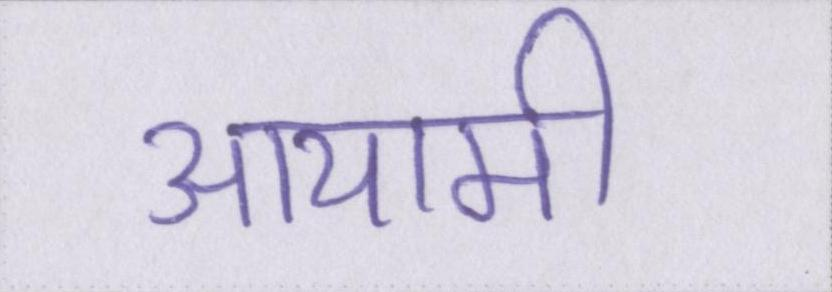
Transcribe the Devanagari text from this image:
आयामी